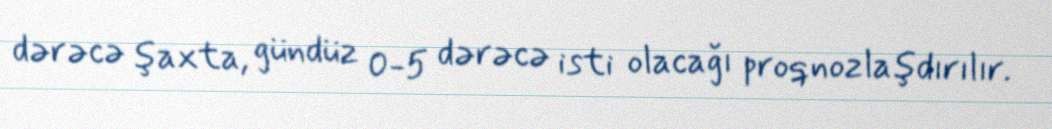
dərəcə şaxta, gündüz 0-5 dərəcə isti olacağı proqnozlaşdırılır.